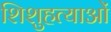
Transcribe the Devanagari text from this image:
शिशुहत्याओं